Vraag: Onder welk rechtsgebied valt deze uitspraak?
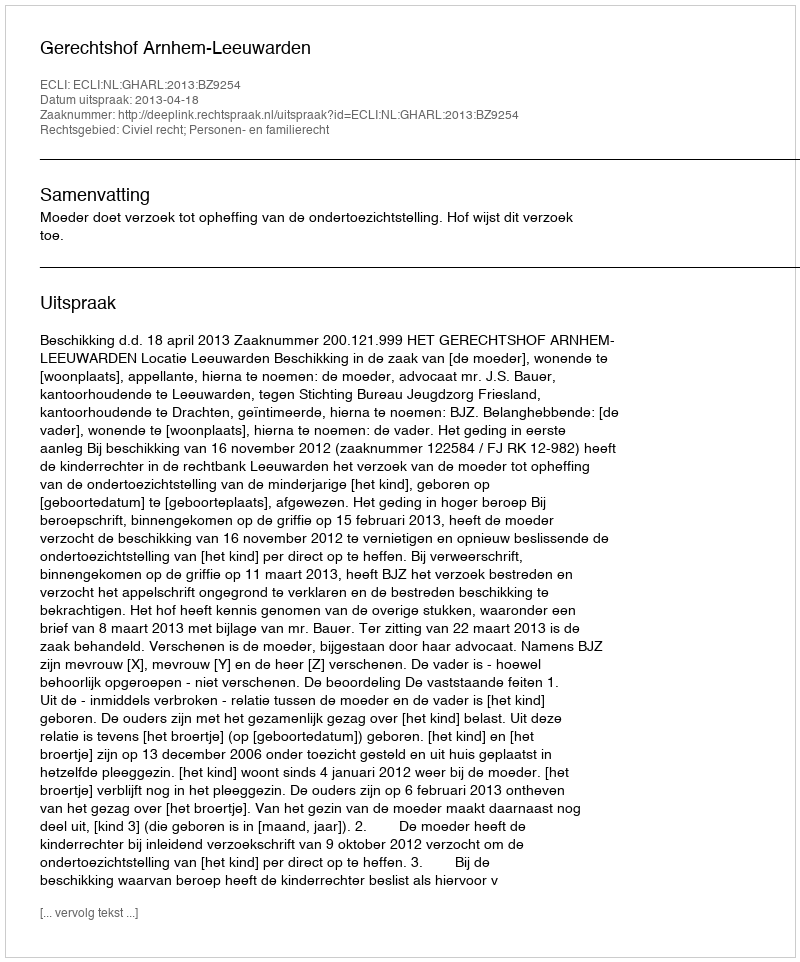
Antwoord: Civiel recht; Personen- en familierecht